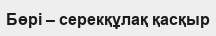
Бөрі – серекқұлақ қасқыр